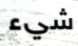
شيء